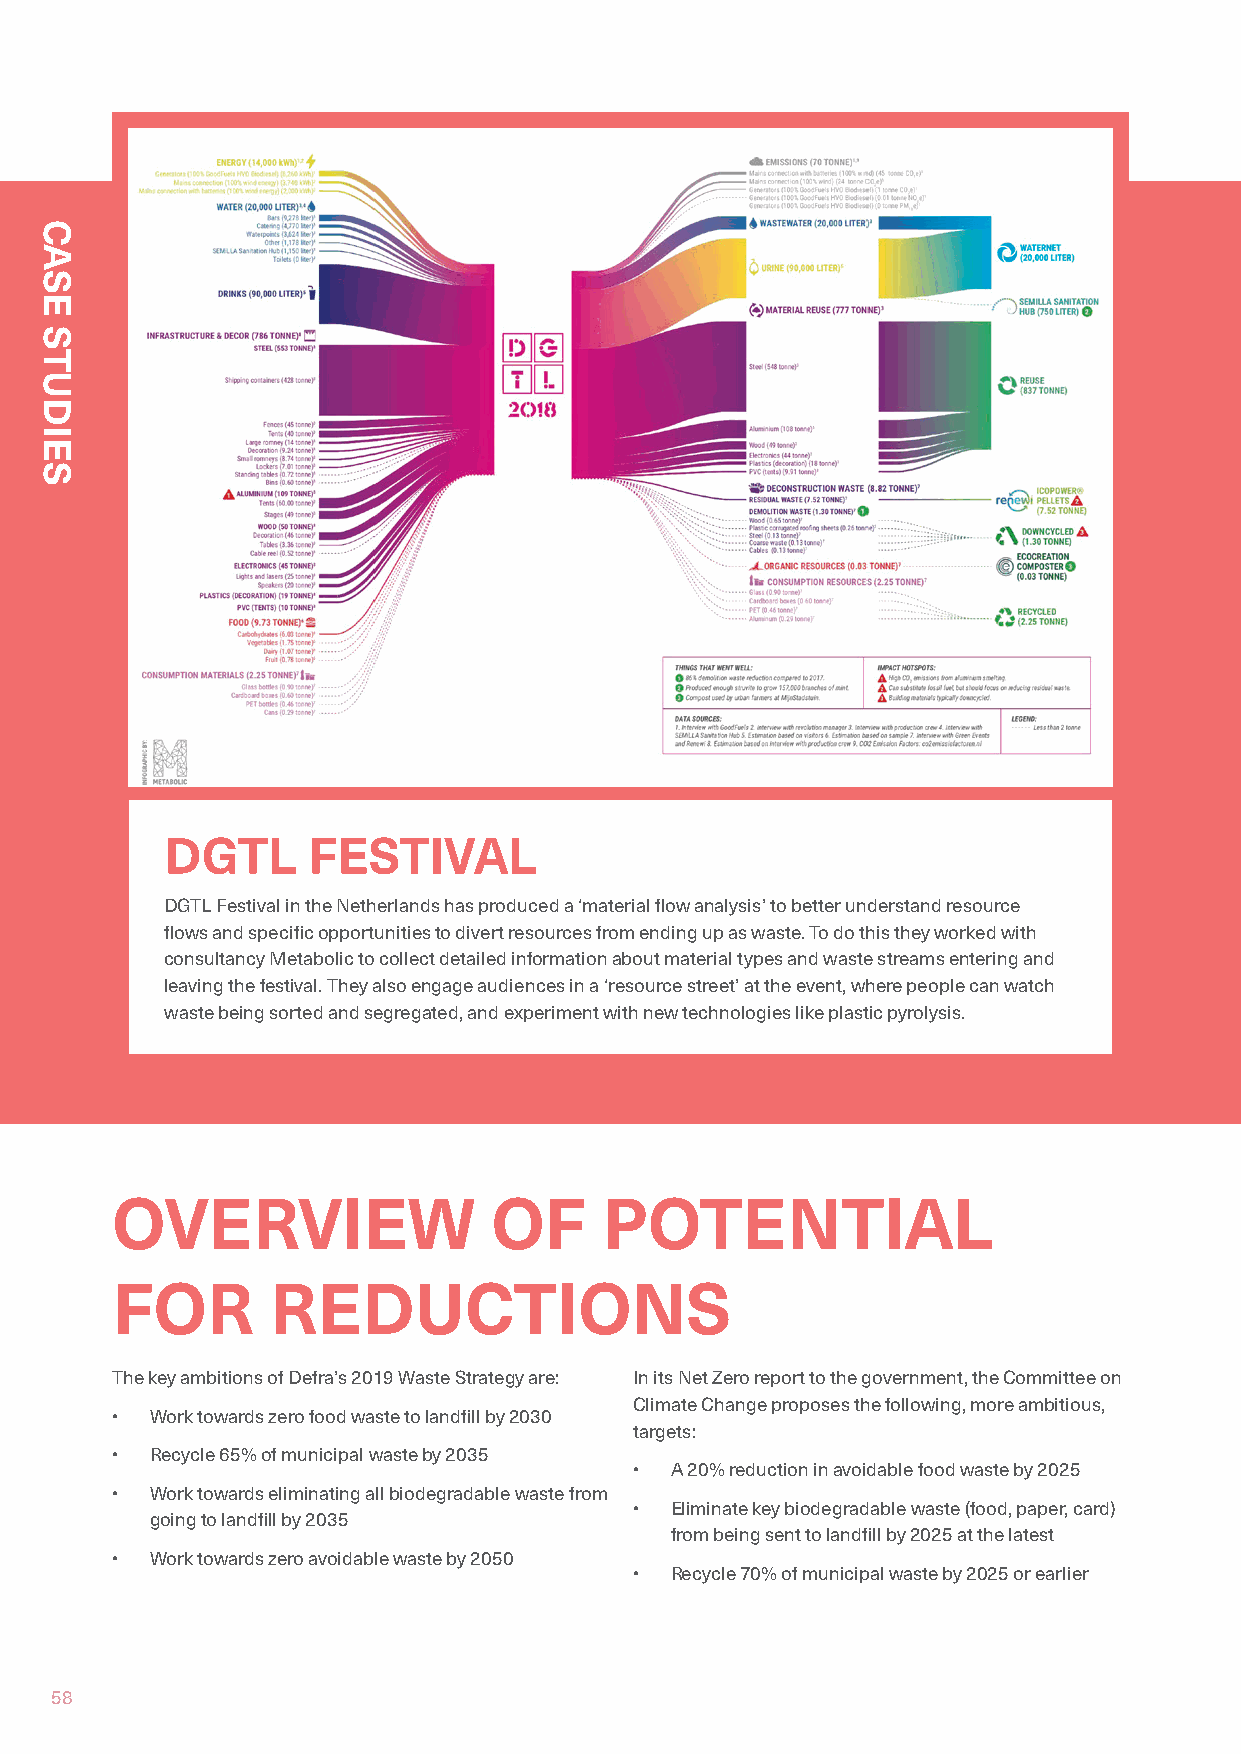
DGTL     FESTIVAL
 DGTL Festival in the Netherlands has produced a ‘material flow analysis’ to better understand resource
 flows and specific opportunities to divert resources from ending up as waste. To do this they worked with
 consultancy Metabolic to collect detailed information about material types and waste streams entering and
 leaving the festival. They also engage audiences in a ‘resource street’ at the event, where people can watch
 waste being sorted and segregated, and experiment with new technologies like plastic pyrolysis.
 OVERVIEW                  OF     POTENTIAL
 FOR        REDUCTIONS
 The key ambitions of Defra’s 2019 Waste Strategy are: In its Net Zero report to the government, the Committee on
 Climate Change proposes the following, more ambitious,
 •  Work towards zero food waste to landfill by 2030
 targets:
 •  Recycle 65% of municipal waste by 2035
 • A 20% reduction in avoidable food waste by 2025
 •  Work towards eliminating all biodegradable waste from
 • Eliminate key biodegradable waste (food, paper, card)
 going to landfill by 2035
 from being sent to landfill by 2025 at the latest
 •  Work towards zero avoidable waste by 2050
 • Recycle 70% of municipal waste by 2025 or earlier
 58
 CASE
 STUDIES